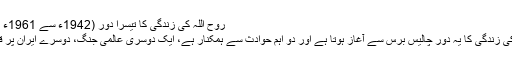
روح اللہ کی زندگی کا تیسرا دور (1942ء سے 1961ء تک):
امام کی زندگی کا یہ دور چالیس برس سے آغاز ہوتا ہے اور دو اہم حوادث سے ہمکنار ہے، ایک دوسری عالمی جنگ، دوسرے ایران پر قبضہ۔